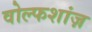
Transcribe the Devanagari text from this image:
वोल्फशांज़